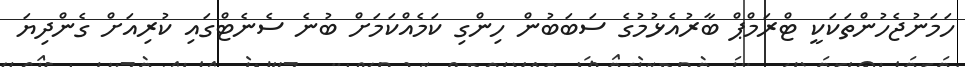
ހަމަނުޖެހުންތަކަކީ ޓްރަމްޕް ބާރުއެޅުމުގެ ސަބަބުން ހިންގި ކަމެއްކަމަށް ބުނެ ސެނެޓްގައި ކުރިއަށް ގެންދިޔަ